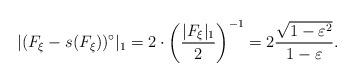
LaTeX: \begin{align*}|(F_{\xi}-s(F_{\xi}))^{\circ}|_1=2\cdot \left(\frac{|F_{\xi}|_1}{2}\right)^{-1}=2\frac{\sqrt{1-\varepsilon^2}}{1-\varepsilon}.\end{align*}